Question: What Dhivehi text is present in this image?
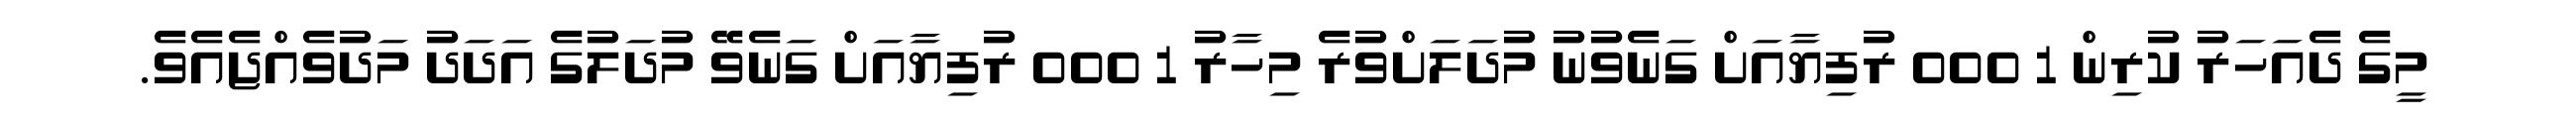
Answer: މީގެ ދެއަހަރު ކުރިން 1 000 ރުފިޔާއަށް ގަނެވުނު މުދަލަށްވުރެ މިހާރު 1 000 ރުފިޔާއަށް ގަނެވޭ މުދަލުގެ އަދަދު މަދުވެއްޖެއެވެ.